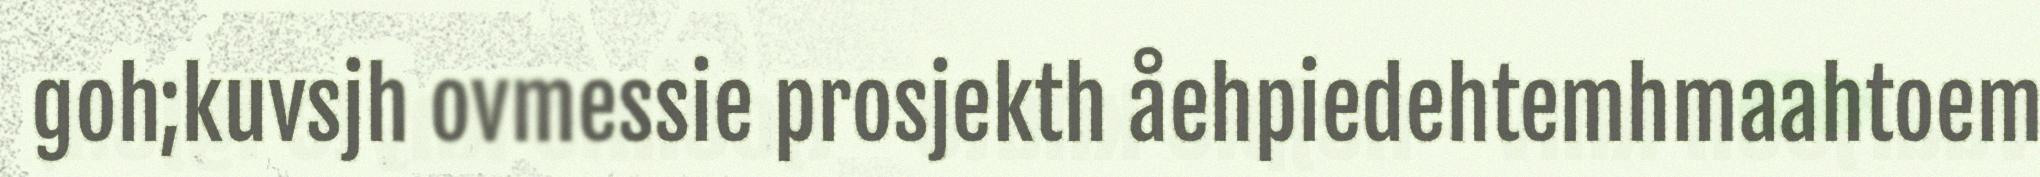
goh;kuvsjh ovmessie prosjekth åehpiedehtemhmaahtoem